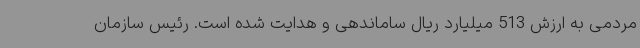
مردمی به ارزش 513 میلیارد ریال ساماندهی و هدایت شده است. رئیس سازمان